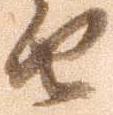
由